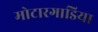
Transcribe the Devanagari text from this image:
मोटारगाडिया